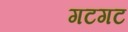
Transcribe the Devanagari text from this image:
गटगट